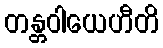
တန္တဝါယေဟီတိ